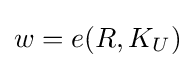
\textstyle w=e(R,K_{U})